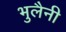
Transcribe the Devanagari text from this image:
भुलैनी